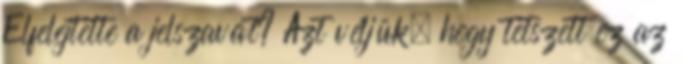
Elfelejtette a jelszavát? Azt véljük, hogy tetszett ez az